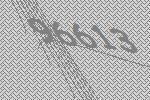
96613